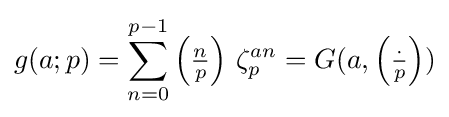
g(a;p)=\sum _{n=0}^{p-1}\left({\tfrac {n}{p}}\right)\,\zeta _{p}^{an}=G(a,\left({\tfrac {\cdot }{p}}\right))